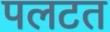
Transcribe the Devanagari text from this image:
पलटत